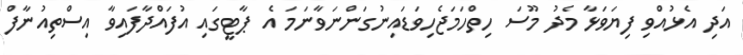
އަދި އެޅުއްވި ފިޔަވަޅާ މެދު މޫސަ ހިތްހަމަޖެހިވަޑައިނުގަންނަވާނަމަ އެ ޕާޓީގައި އުފައްދާފައިވާ އިސްތިއުނާފް